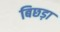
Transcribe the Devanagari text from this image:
बिछड़ा